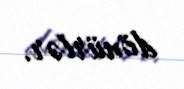
dönürlər.